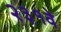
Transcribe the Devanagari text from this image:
२३१वे